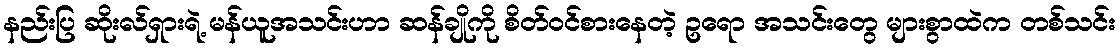
နည်းပြ ဆိုးလ်ရှားရဲ့ မန်ယူအသင်းဟာ ဆန်ချိုကို စိတ်ဝင်စားနေတဲ့ ဥရော အသင်းတွေ များစွာထဲက တစ်သင်း